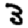
Digit: 3